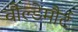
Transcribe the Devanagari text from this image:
वौल्डेमौर्ट